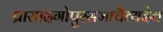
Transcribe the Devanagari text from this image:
प्रासादगोपुरसभाचैत्यदेव